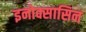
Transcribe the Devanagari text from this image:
इनोक्सासिन